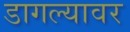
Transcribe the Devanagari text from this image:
डागल्यावर